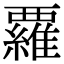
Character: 𮗈